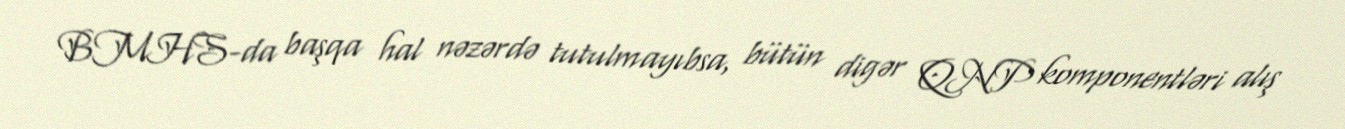
BMHS-da başqa hal nəzərdə tutulmayıbsa, bütün digər QNP komponentləri alış